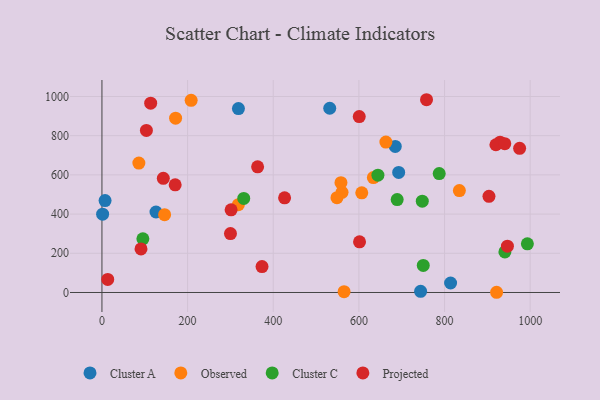
{"axis": {"x": "Study Hours", "y": "Profit"}, "legend": ["Cluster A", "Cluster C", "Observed", "Projected"], "data": [{"x": "7.3", "y": 469.2, "type": "Cluster A"}, {"x": "1.6", "y": 399.7, "type": "Cluster A"}, {"x": "692.9", "y": 612.5, "type": "Cluster A"}, {"x": "318.7", "y": 938.6, "type": "Cluster A"}, {"x": "126.2", "y": 410.6, "type": "Cluster A"}, {"x": "814.1", "y": 48.3, "type": "Cluster A"}, {"x": "531.9", "y": 939.9, "type": "Cluster A"}, {"x": "684.9", "y": 745.0, "type": "Cluster A"}, {"x": "744.1", "y": 6.2, "type": "Cluster A"}, {"x": "560.6", "y": 511.0, "type": "Observed"}, {"x": "86.2", "y": 660.5, "type": "Observed"}, {"x": "318.5", "y": 447.8, "type": "Observed"}, {"x": "633.8", "y": 586.5, "type": "Observed"}, {"x": "921.5", "y": 1.1, "type": "Observed"}, {"x": "565.4", "y": 4.0, "type": "Observed"}, {"x": "146.3", "y": 397.0, "type": "Observed"}, {"x": "663.0", "y": 767.4, "type": "Observed"}, {"x": "208.3", "y": 980.3, "type": "Observed"}, {"x": "834.6", "y": 519.8, "type": "Observed"}, {"x": "172.0", "y": 889.6, "type": "Observed"}, {"x": "548.8", "y": 483.9, "type": "Observed"}, {"x": "606.7", "y": 508.5, "type": "Observed"}, {"x": "558.1", "y": 560.5, "type": "Observed"}, {"x": "689.4", "y": 474.1, "type": "Cluster C"}, {"x": "940.9", "y": 206.9, "type": "Cluster C"}, {"x": "750.3", "y": 138.0, "type": "Cluster C"}, {"x": "787.5", "y": 606.5, "type": "Cluster C"}, {"x": "748.0", "y": 466.1, "type": "Cluster C"}, {"x": "331.1", "y": 479.9, "type": "Cluster C"}, {"x": "95.6", "y": 274.0, "type": "Cluster C"}, {"x": "993.4", "y": 248.4, "type": "Cluster C"}, {"x": "644.4", "y": 598.3, "type": "Cluster C"}, {"x": "929.7", "y": 766.9, "type": "Projected"}, {"x": "919.9", "y": 753.9, "type": "Projected"}, {"x": "113.8", "y": 965.8, "type": "Projected"}, {"x": "301.6", "y": 421.8, "type": "Projected"}, {"x": "426.5", "y": 482.9, "type": "Projected"}, {"x": "601.5", "y": 258.4, "type": "Projected"}, {"x": "300.1", "y": 300.6, "type": "Projected"}, {"x": "373.8", "y": 132.0, "type": "Projected"}, {"x": "363.5", "y": 641.1, "type": "Projected"}, {"x": "903.7", "y": 490.7, "type": "Projected"}, {"x": "171.0", "y": 549.1, "type": "Projected"}, {"x": "103.8", "y": 826.8, "type": "Projected"}, {"x": "946.8", "y": 236.3, "type": "Projected"}, {"x": "975.3", "y": 735.3, "type": "Projected"}, {"x": "91.2", "y": 222.2, "type": "Projected"}, {"x": "757.9", "y": 983.5, "type": "Projected"}, {"x": "143.3", "y": 582.6, "type": "Projected"}, {"x": "600.8", "y": 897.7, "type": "Projected"}, {"x": "13.5", "y": 66.6, "type": "Projected"}, {"x": "940.6", "y": 759.3, "type": "Projected"}]}